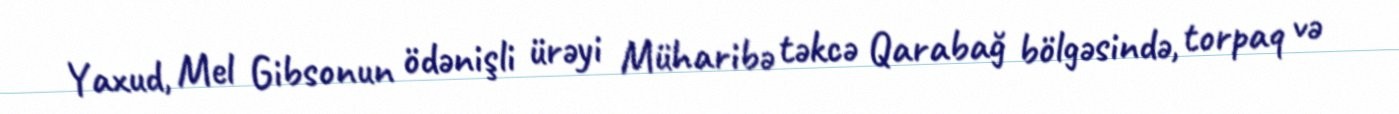
Yaxud, Mel Gibsonun ödənişli ürəyi Müharibə təkcə Qarabağ bölgəsində, torpaq və